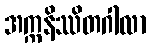
အက္ကနိဿိတဂါလာ